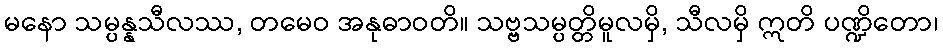
မနော သမ္ပန္နသီလဿ, တမေဝ အနုဓာဝတိ။ သဗ္ဗသမ္ပတ္တိမူလမှိ, သီလမှိ ဣတိ ပဏ္ဍိတော၊